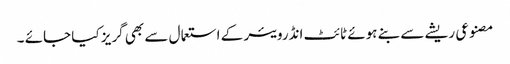
مصنوعی ریشے سے بنے ہوئے ٹائٹ انڈرویئر کے استعما ل سے بھی گریز کیا جائے ۔